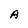
Character: A